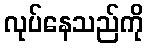
လုပ်နေသည်ကို